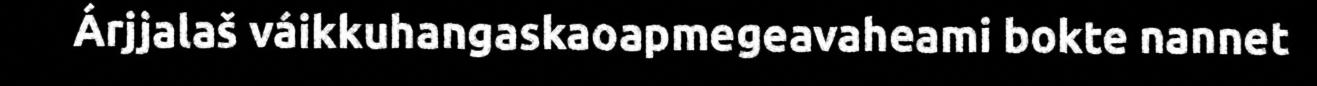
Árjjalaš váikkuhangaskaoapmegeavaheami bokte nannet